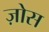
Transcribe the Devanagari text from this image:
ज़ोस